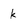
Character: k